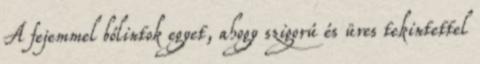
A fejemmel bólintok egyet, ahogy szigorú és üres tekintettel